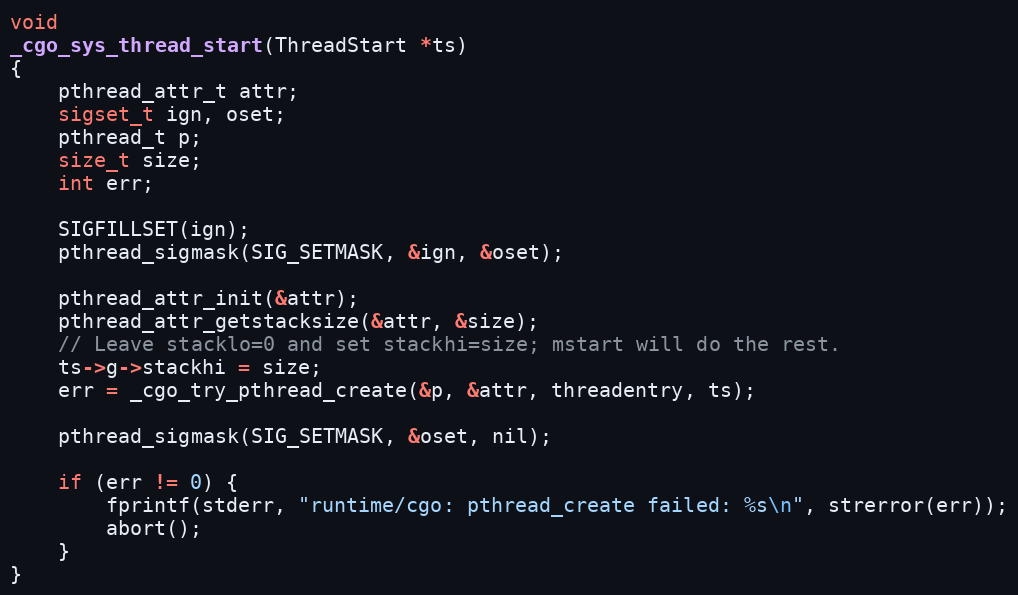
Language: C
void
_cgo_sys_thread_start(ThreadStart *ts)
{
	pthread_attr_t attr;
	sigset_t ign, oset;
	pthread_t p;
	size_t size;
	int err;

	SIGFILLSET(ign);
	pthread_sigmask(SIG_SETMASK, &ign, &oset);

	pthread_attr_init(&attr);
	pthread_attr_getstacksize(&attr, &size);
	// Leave stacklo=0 and set stackhi=size; mstart will do the rest.
	ts->g->stackhi = size;
	err = _cgo_try_pthread_create(&p, &attr, threadentry, ts);

	pthread_sigmask(SIG_SETMASK, &oset, nil);

	if (err != 0) {
		fprintf(stderr, "runtime/cgo: pthread_create failed: %s\n", strerror(err));
		abort();
	}
}